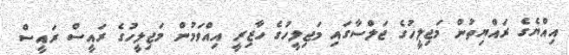
އިއްޔެގެ ރައްޔިތުން މަޖިލީހުގެ ޖަލްސާގައި މަޖިލީހުގެ ހާޒިރީ އިއްވަމުން މަޖިލީހުގެ ރައީސް ރައީސް